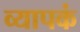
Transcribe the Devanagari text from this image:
व्यापकं